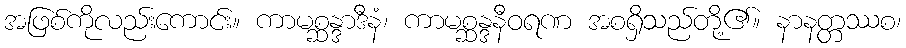
အဖြစ်ကိုလည်းကောင်း။ ကာမစ္ဆန္ဒာဒီနံ၊ ကာမစ္ဆန္ဒနီဝရဏ အစရှိသည်တို့၏။ နာနတ္တဿစ၊